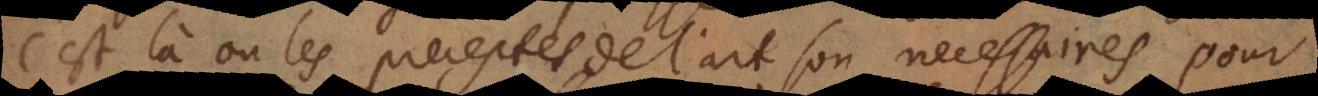
c’est là où les preceptes de l’art sont necessaires pour